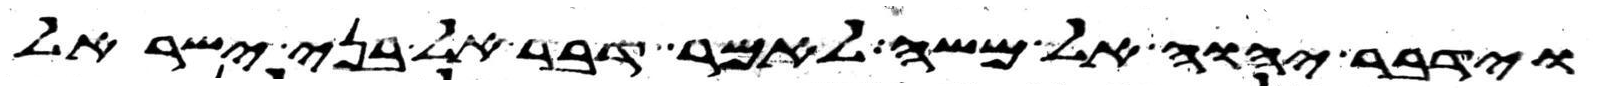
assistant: וידבר יהוה אל משה לאמר דבר אל בני ישראל